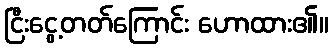
ငြီးငွေ့တတ်ကြောင်း ဟောထား၏။